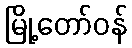
မြို့တော်ဝန်